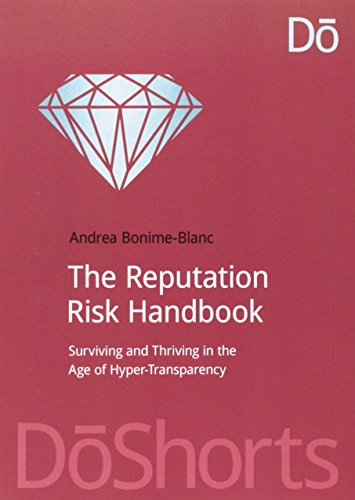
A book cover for The Reputation Risk Handbook; Andrea Bonime-Blanc; Business & Money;